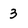
Character: 3